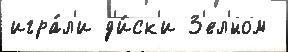
игра́л'и д'и́ск'и З'ел'́ном